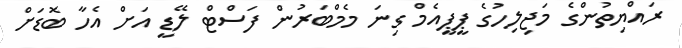
ރައްޔިތުންގެ މަޖިލިހުގެ ޕީޕީއެމް ގިނަ މެމްބަރުން ފަސްޓް ލޭޑީ އަށް އެހާ ބޮޑަށް